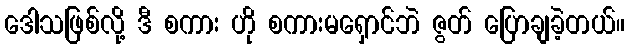
ဒေါသဖြစ်လို့ ဒီ စကား ဟို စကားမရှောင်ဘဲ ဇွတ် ပြောချခဲ့တယ်။